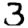
Digit: 3